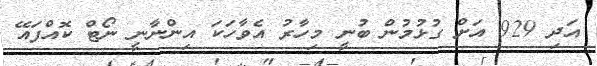
އަދި 929 އަށް ގުޅުމުން ބުނީ މިހާރު އެވާހަކަ އިންނާނީ ނޯޓް ކޮއްފައޭ